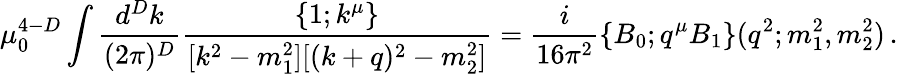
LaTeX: \mu_{0}^{4-D}\int\frac{d^{D}k}{(2\pi)^{D}}\frac{\{ 1;k^{\mu}\} }{[k^{2}-m_{1}^{2}][(k+q)^{2}-m_{2}^{2}]}=\frac{i}{16\pi^{2}}\left\{ B_{0};q^{\mu}B_{1}\right\} (q^{2};m_{1}^{2},m_{2}^{2})\, .